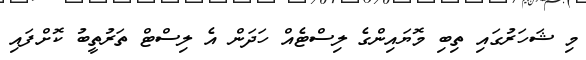
މި ޝަހަރުގައި ތިބި މޮޔައިންގެ ލިސްޓެއް ހަދަން އެ ލިސްޓް ތަރުތީބު ކޮށްފައި